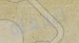
لنفعله